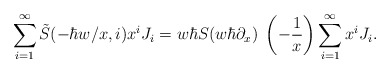
\begin{align*}\sum_{i=1}^\infty \tilde S(-\hbar w/x,i) x^i J_i = w\hbar S(w\hbar\partial_x)\; \left(-\dfrac{1}{x}\right) \sum_{i=1}^\infty x^i J_i.\end{align*}